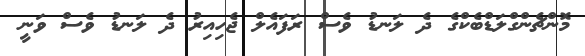
މޮންޗެންގްލަޑްބެކްގެ ދެ ލަނޑު ވެސް ރަފައެލް ޖެހިއިރު ދެ ލަނޑު ވެސް ވަނީ